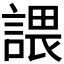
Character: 𧪏